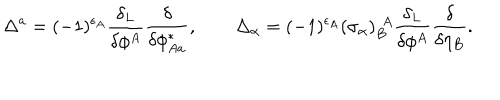
\Delta ^ { a } = ( - 1 ) ^ { \epsilon _ { A } } \frac { \delta _ { L } } { \delta \phi ^ { A } } \frac { \delta } { \delta \phi _ { A a } ^ { * } } , \qquad \Delta _ { \alpha } = ( - 1 ) ^ { \epsilon _ { A } } ( \sigma _ { \alpha } ) _ { B } ^ { ~ ~ \! A } \frac { \delta _ { L } } { \delta \phi ^ { A } } \frac { \delta } { \delta \eta _ { B } } .